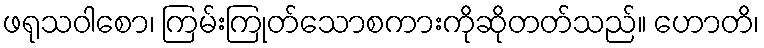
ဖရုသဝါစော၊ ကြမ်းကြုတ်သောစကားကိုဆိုတတ်သည်။ ဟောတိ၊